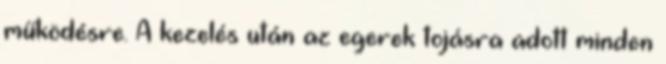
működésre. A kezelés után az egerek tojásra adott minden